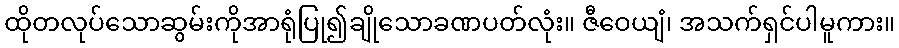
ထိုတလုပ်သောဆွမ်းကိုအာရုံပြု၍ချိုသောခဏပတ်လုံး။ ဇီဝေယျံ၊ အသက်ရှင်ပါမူကား။